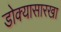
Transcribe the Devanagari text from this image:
डोक्यासारखा